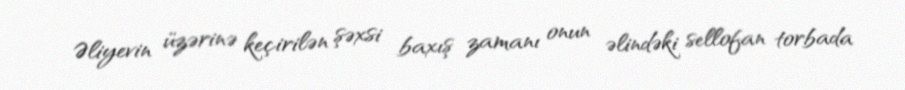
Əliyevin üzərinə keçirilən şəxsi baxış zamanı onun əlindəki sellofan torbada